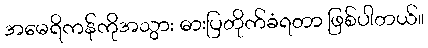
အမေရိကန်ကိုအသွား ဓားပြတိုက်ခံရတာ ဖြစ်ပါတယ်။